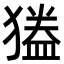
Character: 𭸦